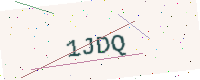
Text: 1JDQ